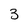
Character: 3